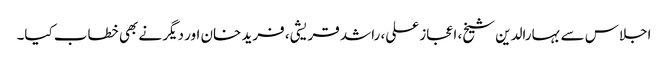
اجلاس سے بہارالدین شیخ، اعجاز علی، راشد قریشی، فرید خان اور دیگر نے بھی خطاب کیا۔